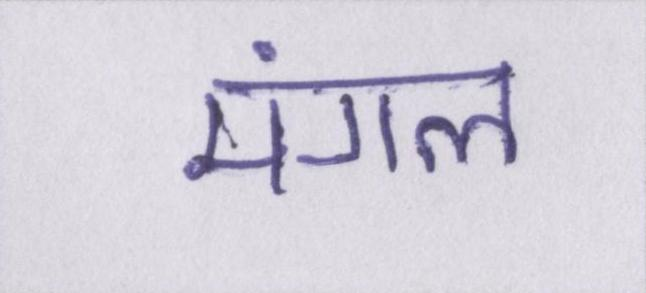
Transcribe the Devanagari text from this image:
मंगल